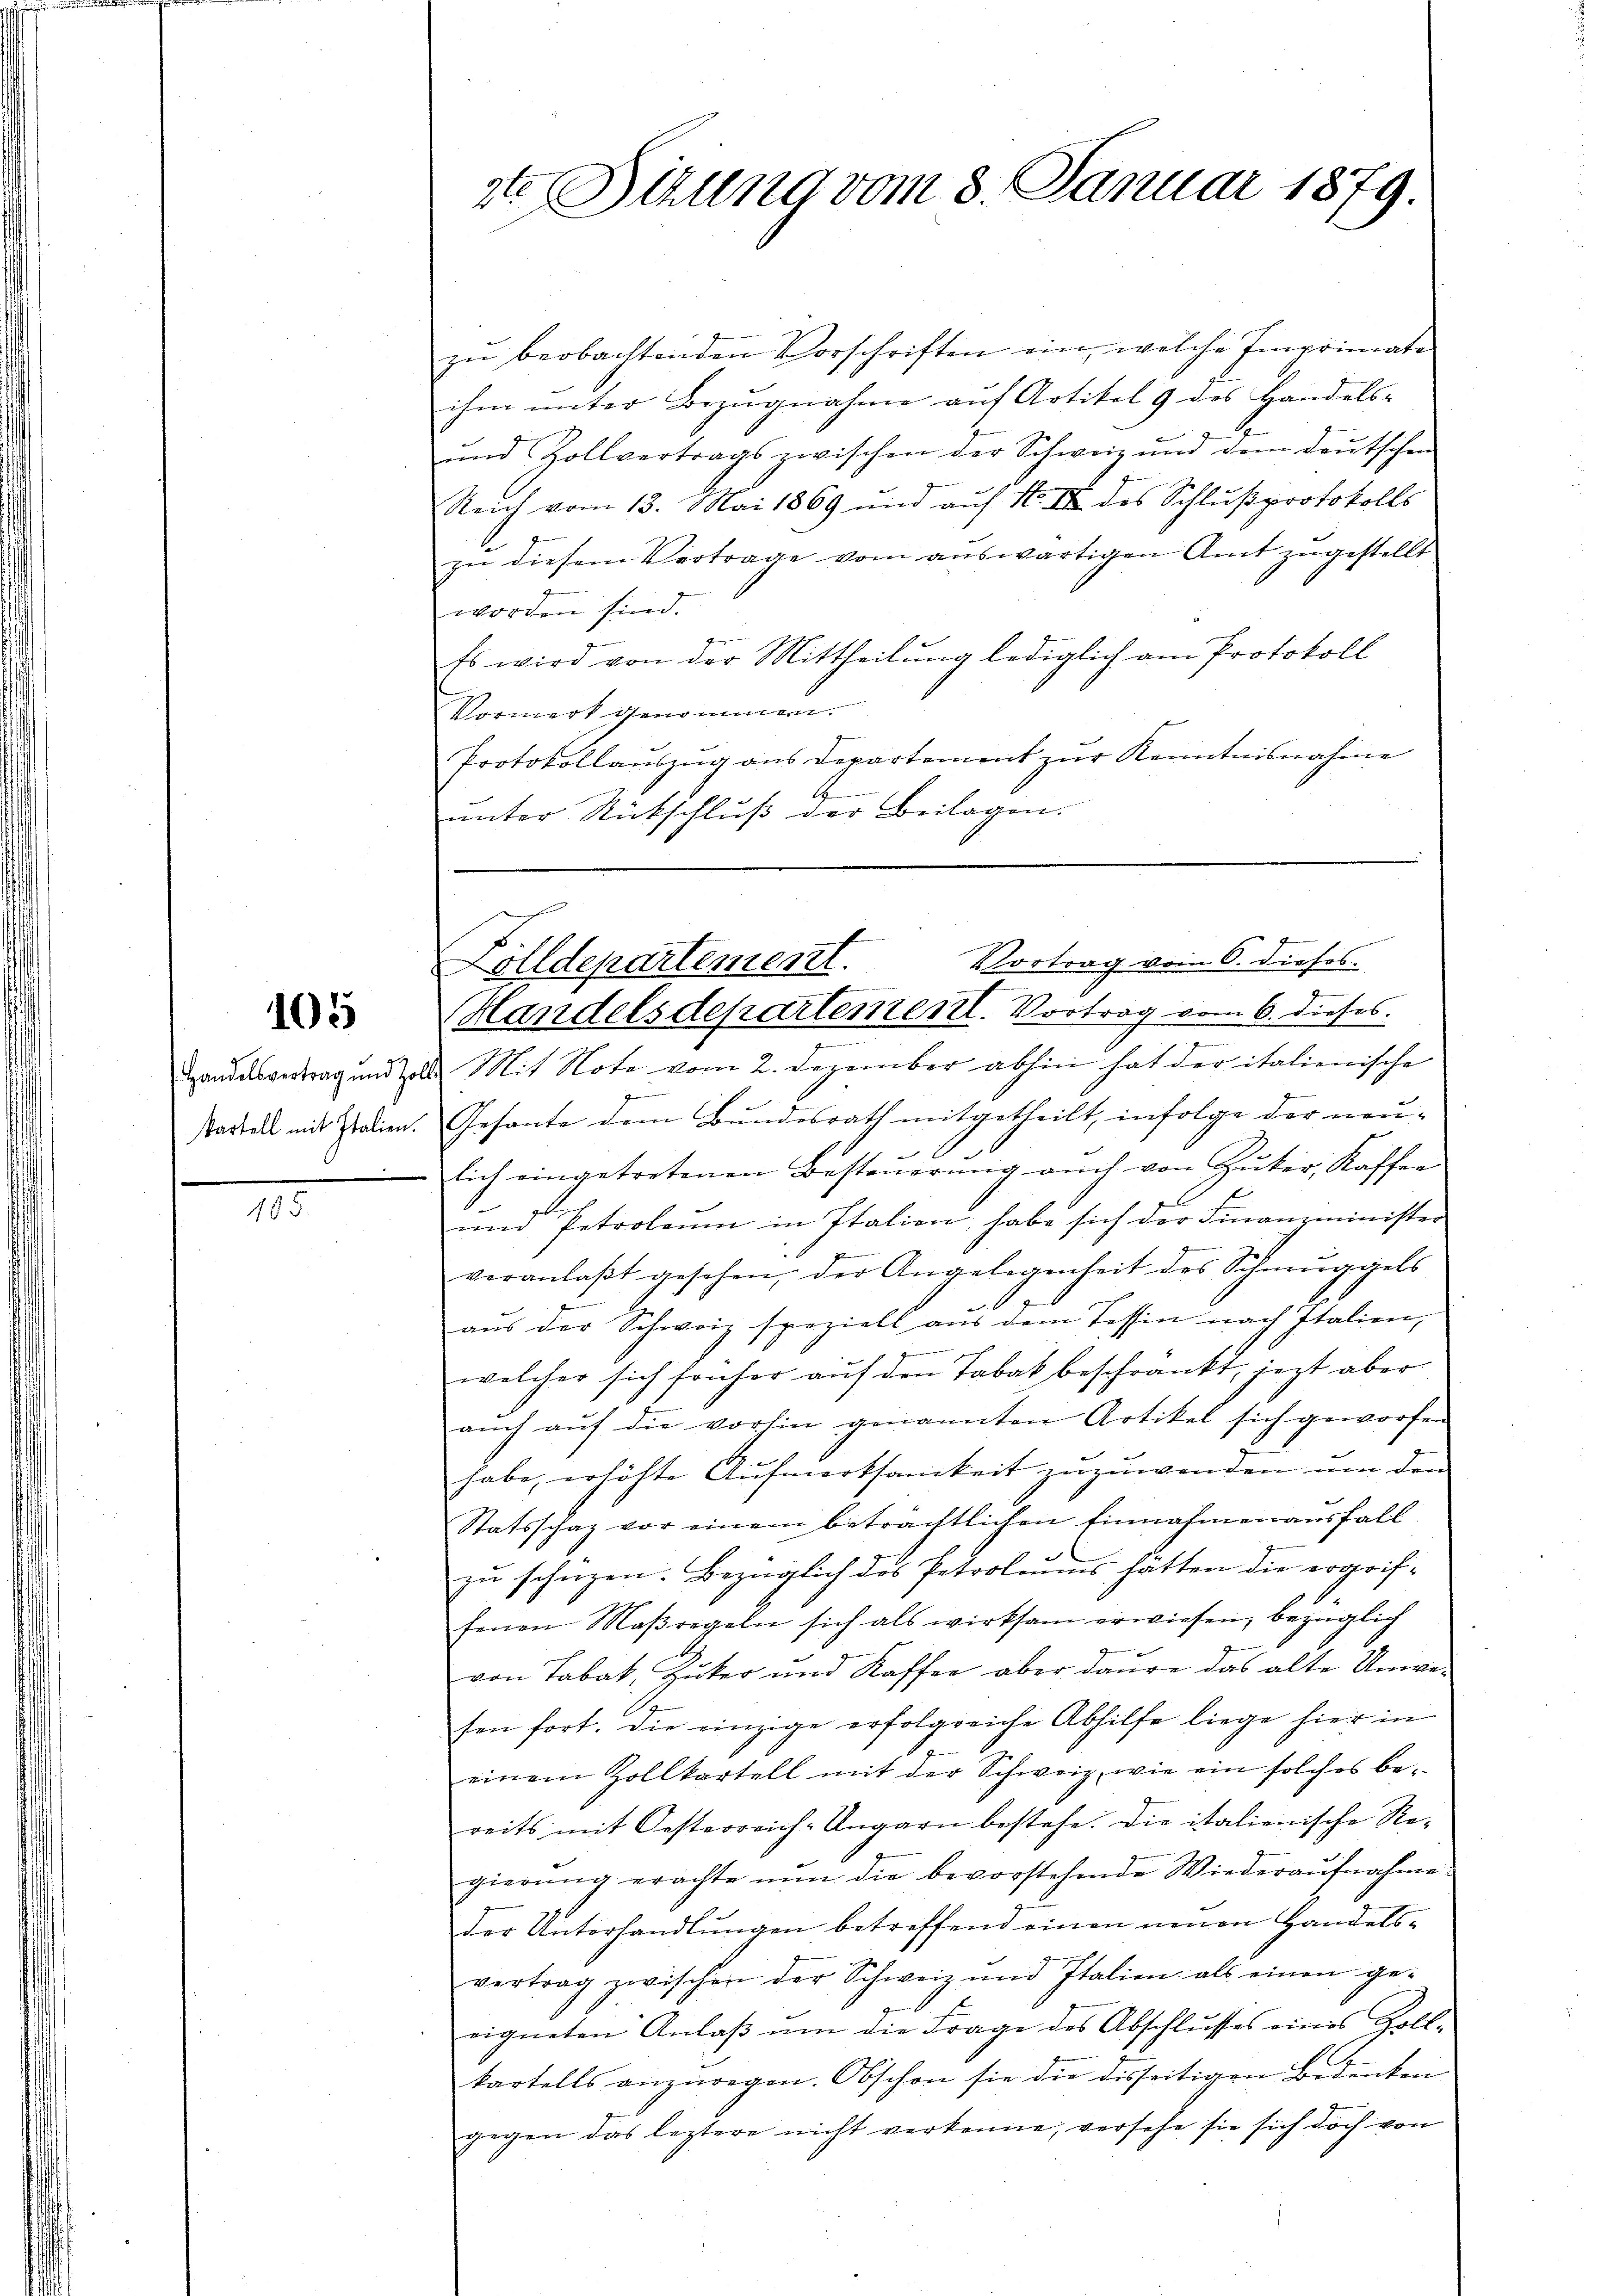
105

1.

zŭ beobachtenden Vorschriften ein, welche Imprimate
ihm unter Bezŭgnahme auf Artikel 9 des Handels-
und Zollvertrags zwischen der Schweiz und dem deutschen
Reich vom 13. Mai 1869 und auf H. II des Schlußprotokolls
zu diesem Vertrage vom auswärtigen Amt zugestellt
worden sind.
Es wird von der Mittheilung lediglich am Protokoll
Vormerk genommen.
Protokollauszug aus Departement zur Kenntnisnahme
4
ŭnter Rückschlŭβ der Beilagen.

ste Situng vom 3. Januar 1879.

Vortrag vom 6. dieses.
Nolldepartement.
Handelsdepartement. Vortrag vom 6. dieses.

Handesvertrag und Mit Note vom 2. Dezember abhin hat der italienische
z
Tartall mit Italien. Gesante dem Bundesrath mitgetheilt, infolge der neulich eingetretenen Besteŭerŭng aŭch von Zŭker, Kaffen
F
ŭnd Petrolaŭm in Italien, habe sich der Finanzminister
veranlaßt gesehen, der Angelegenheit des Schmuggels
aŭs der Schweiz speziell aŭs dem Tessin nach Italien,
welcher sich früher auf den Tabak beschränkt, jezt aber
aŭch aŭf die vorhin genannten Artikel sich geworfen
habe, erhöhte Aufmerksamkeit zuzuwenden um den
Statsschaz vor einem beträchtlichen Einnahmen ausfall
zu schüzen. Bezüglich des Petroleums hätten die ergriffenen Maßregeln sich als wirksam erwiesen, bezüglich
von Tabak, Zucker und Kaffee aber daure das alte Unve-
sen fort. Die einzige erfolgreiche Abhilfe liege hier in
einem Zollkartell mit der Schweiz, wie ein solches bereits mit Oesterreich-Ungarn bestehe. Die italienische Re-
gierung erachte nun die bevorstehende Wiederaufnahme
E
der Unterhandlungen betreffend einen neuen Handelsvertrag zwischen der Schweiz und Italien als einen ge-
eigneten Anlaβ ŭm die Frage des Abschlusses eines Zoll-
kartells anzuregen. Obschon sie die disseitigen Bedenken
gegen das leztere nicht verkenne, versehe sie sich doch von